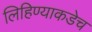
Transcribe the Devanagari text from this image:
लिहिण्याकडेच